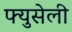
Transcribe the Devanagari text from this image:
फ्युसेली